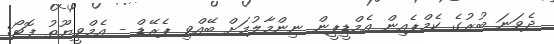
ދެވަނަ ބުރުގެ ކެމްޕެއިން އެމްޑީޕީން ނިންމާލުމަށް ބޭއްވި ޕެރޭޑް - އެމްވީޔޫތު ފޮޓޯ: